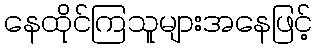
နေထိုင်ကြသူများအနေဖြင့်